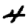
Digit: 4